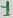
Text: 1